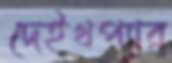
দেইখপ্যার